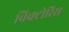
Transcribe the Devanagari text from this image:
विक्टोरिस